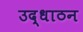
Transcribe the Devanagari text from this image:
उद्धाठन